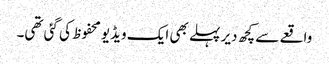
واقعے سے کچھ دیر پہلے بھی ایک ویڈیو محفوظ کی گئی تھی۔